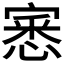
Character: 𭔎